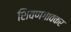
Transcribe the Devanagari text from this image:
शिवणगावकर